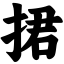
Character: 捃